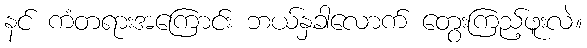
နင် ကံတရားအကြောင်း ဘယ်နှခါလောက် တွေးကြည့်ဖူးလဲ။